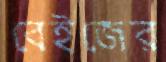
বেইজের